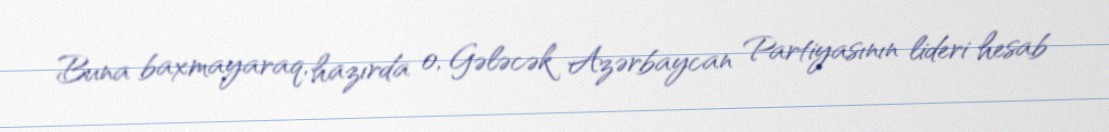
Buna baxmayaraq, hazırda o, Gələcək Azərbaycan Partiyasının lideri hesab